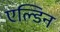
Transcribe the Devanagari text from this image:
एल्डिन